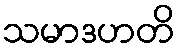
သမာဒဟတိ